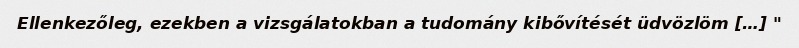
Ellenkezőleg, ezekben a vizsgálatokban a tudomány kibővítését üdvözlöm […] "